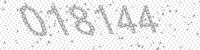
Solution: 018144